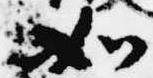
如